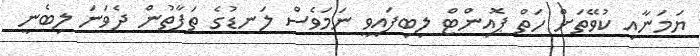
ޔަމަނާއި ކުވޭތަށް ހަތް ޕޮއިންޓް ލިބިފައިވީ ނަމަވެސް ލަނޑުގެ ތަފާތުން ދެވަނަ ލިބެނީ